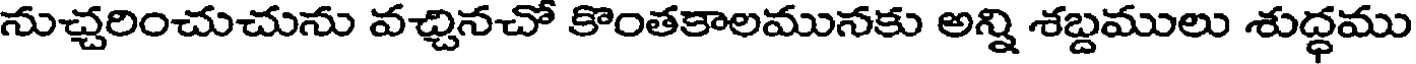
నుచ్చరించుచును వచ్చినచో కొంతకాలమునకు అన్ని శబ్దములు శుద్ధము